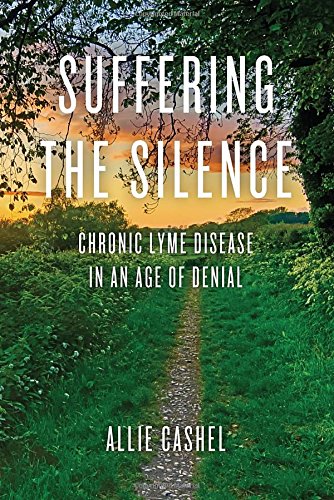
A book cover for Suffering the Silence: Chronic Lyme Disease in an Age of Denial; Allie Cashel; Biographies & Memoirs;